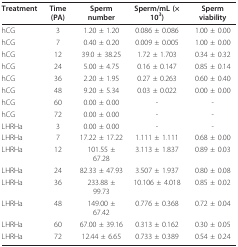
| Treatment | Time (PA) | Sperm number | Sperm/mL (× 103) | Sperm viability |
 | --- | --- | --- | --- | --- |
 | hCG | 3 | 1.20 ± 1.20 | 0.086 ± 0.086 | 1.00 ± 0.00 |
 | hCG | 7 | 0.40 ± 0.20 | 0.009 ± 0.005 | 1.00 ± 0.00 |
 | hCG | 12 | 39.0 ± 38.25 | 1.72 ± 1.703 | 0.34 ± 0.32 |
 | hCG | 24 | 5.00 ± 4.75 | 0.16 ± 0.147 | 0.85 ± 0.14 |
 | hCG | 36 | 2.20 ± 1.95 | 0.27 ± 0.263 | 0.60 ± 0.40 |
 | hCG | 48 | 9.20 ± 5.34 | 0.03 ± 0.022 | 0.00 ± 0.00 |
 | hCG | 60 | 0.00 ± 0.00 | - | - |
 | hCG | 72 | 0.00 ± 0.00 | - | - |
 | LHRHa | 3 | 0.00 ± 0.00 | - | - |
 | LHRHa | 7 | 17.22 ± 17.22 | 1.111 ± 1.111 | 0.68 ± 0.00 |
 | LHRHa | 12 | 101.55 ± 67.28 | 3.113 ± 1.837 | 0.89 ± 0.03 |
 | LHRHa | 24 | 82.33 ± 47.93 | 3.507 ± 1.937 | 0.80 ± 0.08 |
 | LHRHa | 36 | 233.88 ± 99.73 | 10.106 ± 4.018 | 0.85 ± 0.02 |
 | LHRHa | 48 | 149.00 ± 67.42 | 0.776 ± 0.368 | 0.72 ± 0.04 |
 | LHRHa | 60 | 67.00 ± 39.16 | 0.313 ± 0.162 | 0.30 ± 0.05 |
 | LHRHa | 72 | 12.44 ± 6.65 | 0.733 ± 0.389 | 0.54 ± 0.24 |